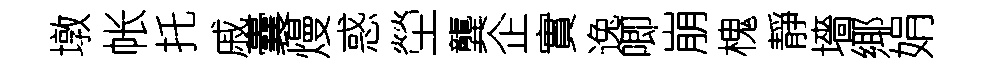
墩帐托戚囊熳惑塋龔企實逸唧崩槐靜墻鄊娟